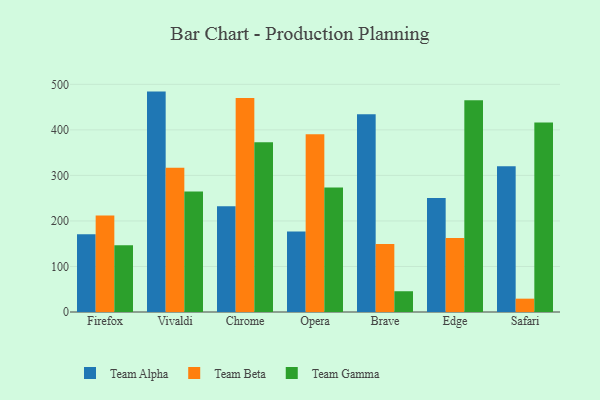
{"axis": {"x": "Browser", "y": "Headcount"}, "legend": ["Team Alpha", "Team Beta", "Team Gamma"], "data": [{"x": "Firefox", "y": 171.0, "type": "Team Alpha"}, {"x": "Firefox", "y": 212.0, "type": "Team Beta"}, {"x": "Firefox", "y": 146.8, "type": "Team Gamma"}, {"x": "Vivaldi", "y": 484.1, "type": "Team Alpha"}, {"x": "Vivaldi", "y": 316.6, "type": "Team Beta"}, {"x": "Vivaldi", "y": 264.6, "type": "Team Gamma"}, {"x": "Chrome", "y": 232.2, "type": "Team Alpha"}, {"x": "Chrome", "y": 470.0, "type": "Team Beta"}, {"x": "Chrome", "y": 372.9, "type": "Team Gamma"}, {"x": "Opera", "y": 176.6, "type": "Team Alpha"}, {"x": "Opera", "y": 390.4, "type": "Team Beta"}, {"x": "Opera", "y": 273.6, "type": "Team Gamma"}, {"x": "Brave", "y": 434.5, "type": "Team Alpha"}, {"x": "Brave", "y": 149.2, "type": "Team Beta"}, {"x": "Brave", "y": 45.6, "type": "Team Gamma"}, {"x": "Edge", "y": 250.3, "type": "Team Alpha"}, {"x": "Edge", "y": 162.4, "type": "Team Beta"}, {"x": "Edge", "y": 465.0, "type": "Team Gamma"}, {"x": "Safari", "y": 320.4, "type": "Team Alpha"}, {"x": "Safari", "y": 29.3, "type": "Team Beta"}, {"x": "Safari", "y": 416.2, "type": "Team Gamma"}]}